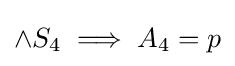
\land S_{4}\implies A_{4}=p